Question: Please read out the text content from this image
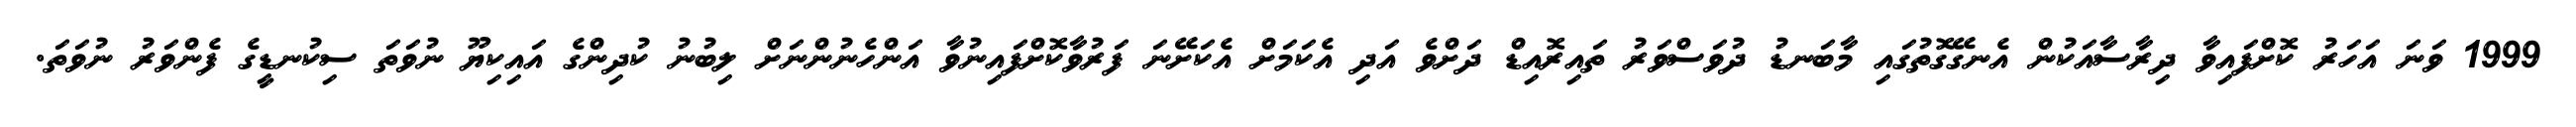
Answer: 1999 ވަނަ އަހަރު ކޮށްފައިވާ ދިރާސާއަކުން އެނގޭގޮތުގައި މާބަނޑު ދުވަސްވަރު ތައިރޮއިޑް ދަށްވެ އަދި އެކަމަށް އެކަށޭނަ ފަރުވާކޮށްފައިނުވާ އަންހެނުންނަށް ލިބުނު ކުދިންގެ އައިކިޔޫ ނުވަތަ ސިކުނޑީގެ ފެންވަރު ނުވަތަ.